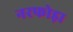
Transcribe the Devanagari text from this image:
नरफोड़ा